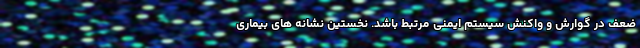
ضعف در گوارش و واکنش سیستم ایمنی مرتبط باشد. نخستین نشانه های بیماری